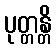
ပုတ္တန္တိ